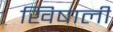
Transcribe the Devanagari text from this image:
खिषाली